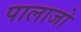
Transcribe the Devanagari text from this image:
पालाजो